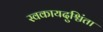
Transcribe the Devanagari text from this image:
स्वकायदुश्चिंता